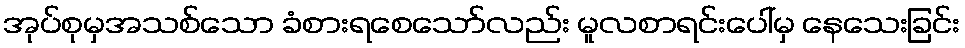
အုပ်စုမှအသစ်သော ခံစားရစေသော်လည်း မူလစာရင်းပေါ်မှ နေသေးခြင်း